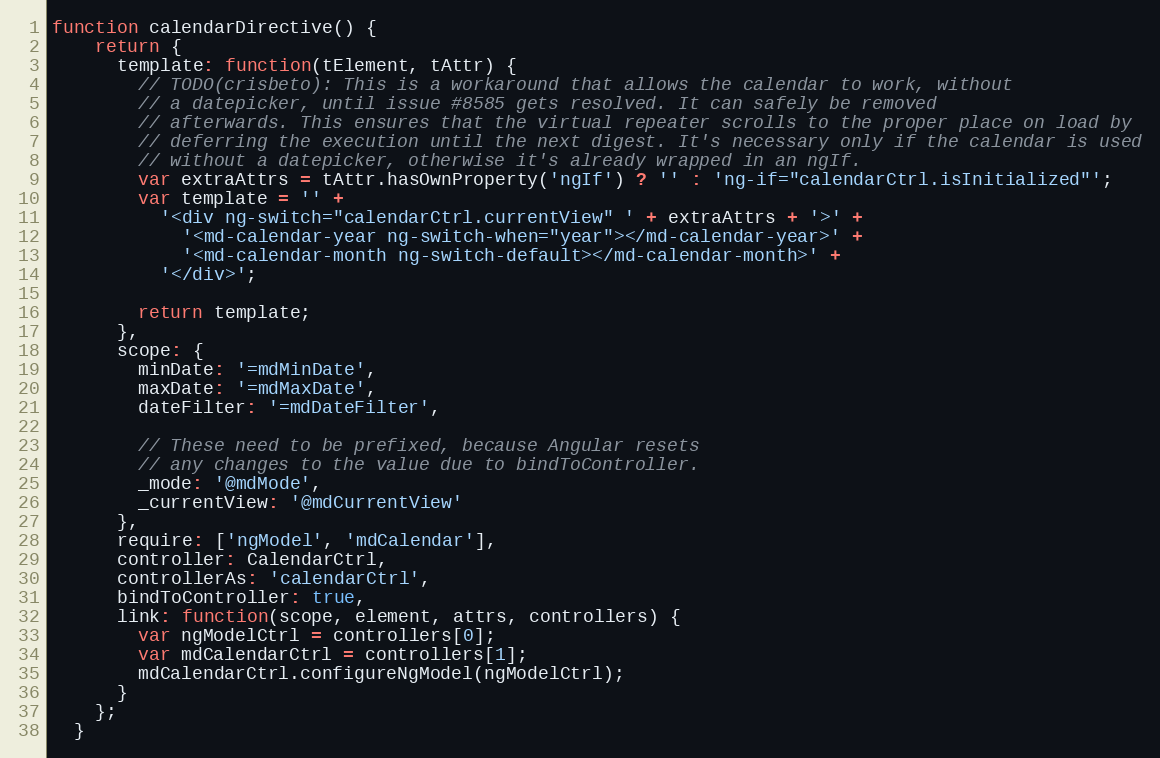
Language: JavaScript
function calendarDirective() {
    return {
      template: function(tElement, tAttr) {
        // TODO(crisbeto): This is a workaround that allows the calendar to work, without
        // a datepicker, until issue #8585 gets resolved. It can safely be removed
        // afterwards. This ensures that the virtual repeater scrolls to the proper place on load by
        // deferring the execution until the next digest. It's necessary only if the calendar is used
        // without a datepicker, otherwise it's already wrapped in an ngIf.
        var extraAttrs = tAttr.hasOwnProperty('ngIf') ? '' : 'ng-if="calendarCtrl.isInitialized"';
        var template = '' +
          '<div ng-switch="calendarCtrl.currentView" ' + extraAttrs + '>' +
            '<md-calendar-year ng-switch-when="year"></md-calendar-year>' +
            '<md-calendar-month ng-switch-default></md-calendar-month>' +
          '</div>';

        return template;
      },
      scope: {
        minDate: '=mdMinDate',
        maxDate: '=mdMaxDate',
        dateFilter: '=mdDateFilter',

        // These need to be prefixed, because Angular resets
        // any changes to the value due to bindToController.
        _mode: '@mdMode',
        _currentView: '@mdCurrentView'
      },
      require: ['ngModel', 'mdCalendar'],
      controller: CalendarCtrl,
      controllerAs: 'calendarCtrl',
      bindToController: true,
      link: function(scope, element, attrs, controllers) {
        var ngModelCtrl = controllers[0];
        var mdCalendarCtrl = controllers[1];
        mdCalendarCtrl.configureNgModel(ngModelCtrl);
      }
    };
  }